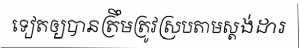
ទៀតឲ្យបានត្រឹមត្រូវស្របតាមស្តង់ដារ